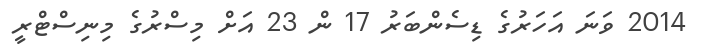
2014 ވަނަ އަހަރުގެ ޑިސެންބަރު 17 ން 23 އަށް މިސްރުގެ މިނިސްޓްރީ